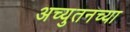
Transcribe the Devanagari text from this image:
अच्युतनच्या